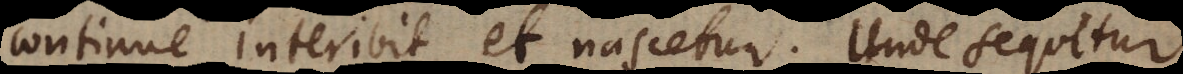
continue interibit et nascetur. Unde sequitur